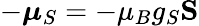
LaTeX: -{\boldsymbol{\mu}}_{S}=-\mu_{B}g_{S}\mathbf{S}